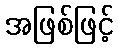
အဖြစ်ဖြင့်